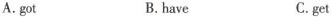
A.got B.have C.get